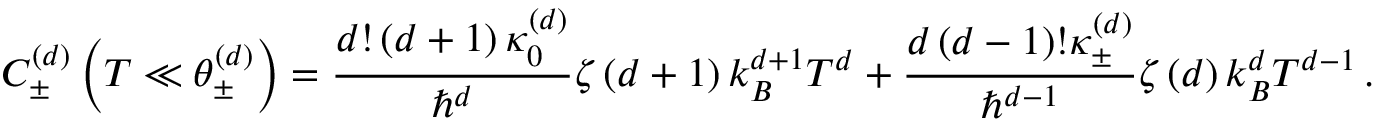
C _ { \pm } ^ { \left( d \right) } \left( T \ll \theta _ { \pm } ^ { \left( d \right) } \right) = \frac { d ! \left( d + 1 \right) \kappa _ { 0 } ^ { \left( d \right) } } { \hbar ^ { d } } \zeta \left( d + 1 \right) k _ { B } ^ { d + 1 } T ^ { d } + \frac { d \left( d - 1 \right) ! \kappa _ { \pm } ^ { \left( d \right) } } { \hbar ^ { d - 1 } } \zeta \left( d \right) k _ { B } ^ { d } T ^ { d - 1 } \, .